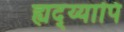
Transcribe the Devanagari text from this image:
ह्यद्य्यापि